Report on the working of the Ranchi Indian Mental Hospital, Kanke, in Bihar and Orissa - 1930-1940
Year: 1930
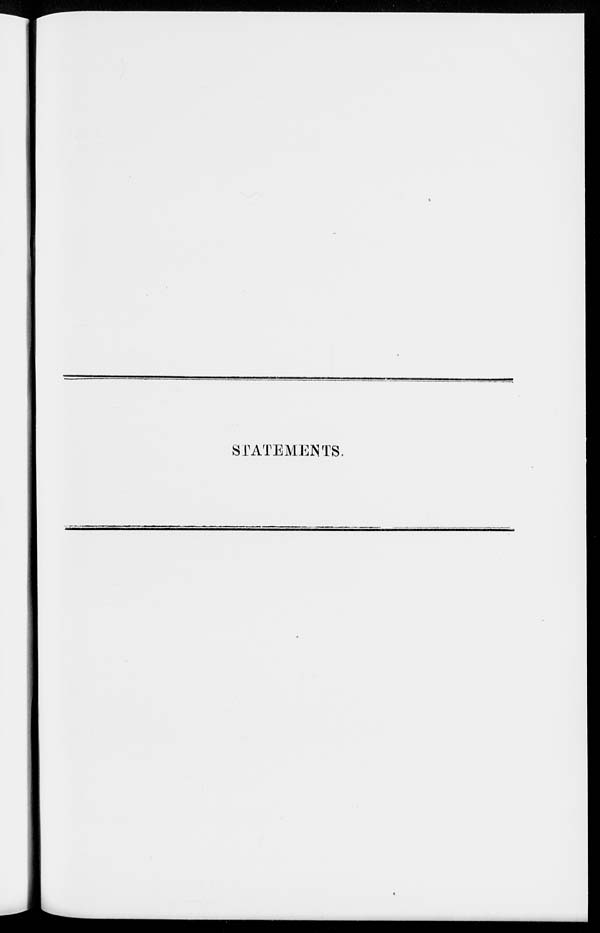
STATEMENTS.